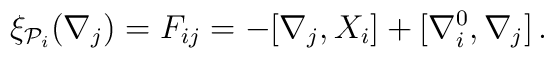
\xi_{{\cal P}_{i}}(\nabla_{j}) = F_{ij} = -[\nabla_{j}, X_{i}] +  [\nabla_{i}^{0},\nabla_{j}] \, .